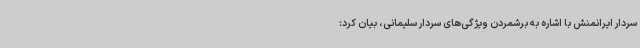
سردار ایرانمنش با اشاره به برشمردن ویژگی‌های سردار سلیمانی، بیان کرد: